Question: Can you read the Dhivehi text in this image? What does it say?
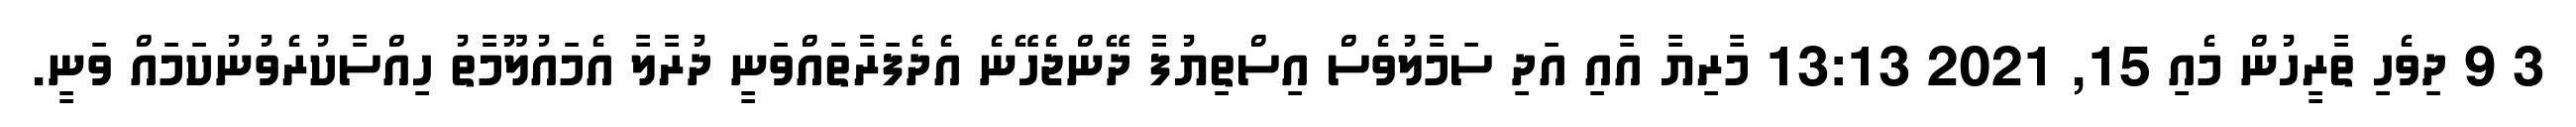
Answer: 3 9 ދިވެހި ތާރީހުން މެއި 15, 2021 13:13 މާރިޔާ އާއި އަދި ސަމާލުވެސް އިސްތިޔުފާ ދޭންޖެހޭނެ އެދެފަރާތައްވަނީ ދުރާލާ އެމައުލޫމާތު ހިއްސާކުރެވުނުކަމައް ވަނީ.